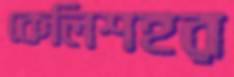
কেলিশহর